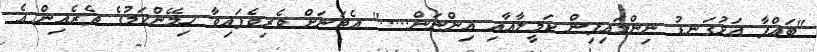
"ބައްޕާ އަޅުގަނޑު ނިންމައިފިން ކަމީލާއާއި އިންނަން....." އެތަނަށް ވެރިވެފައިވާ ހިމޭންކަމުގެ ތެރެއިން އެ